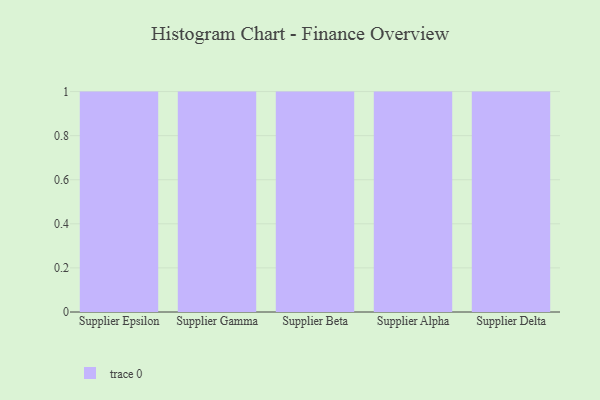
{"axis": {"x": "Supplier", "y": "Headcount"}, "legend": [""], "data": [{"x": "Supplier Epsilon", "y": 7, "type": ""}, {"x": "Supplier Gamma", "y": 53, "type": ""}, {"x": "Supplier Beta", "y": 49, "type": ""}, {"x": "Supplier Alpha", "y": 71, "type": ""}, {"x": "Supplier Delta", "y": 33, "type": ""}]}